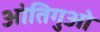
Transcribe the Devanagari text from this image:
आंतिगुओ